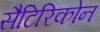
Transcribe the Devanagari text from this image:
सैटिरिकोन